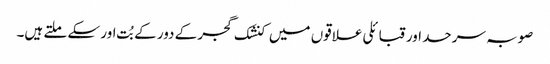
صوبہ سرحد اور قبائلی علاقوں میں کنشک گجر کے دور کے بُت اور سکے ملتے ہیں۔